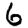
Digit: 6